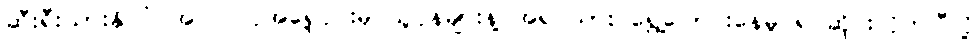
ဆီးရီးယားနိုင်ငံ အလက်ပိုအရှေ့ပိုင်းမှ သူပုန်များနဲ့ အရပ်သား ရွှေ့ပြောင်းနေမှု ရပ်ဆိုင်းလိုက်ပြီလို့